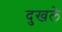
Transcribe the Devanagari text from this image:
दुखले